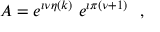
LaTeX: A = e ^ { \imath \nu \eta ( k ) } ~ e ^ { \imath \pi ( \nu + 1 ) } ~ ~ ,